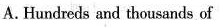
A.Hundreds and thousands of